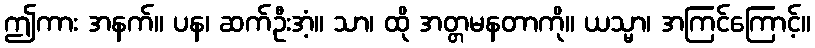
ဤကား အနက်။ ပန၊ ဆက်ဦးအံ့။ သာ၊ ထို အတ္တမနတာကို။ ယသ္မာ၊ အကြင်ကြောင့်။